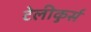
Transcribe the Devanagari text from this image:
टेलीकुर्स